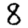
Digit: 8